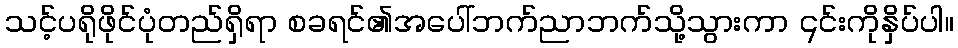
သင့်ပရိုဖိုင်ပုံတည်ရှိရာ စခရင်၏အပေါ်ဘက်ညာဘက်သို့သွားကာ ၎င်းကိုနှိပ်ပါ။